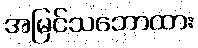
အမြင်သဘောထား